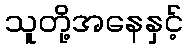
သူတို့အနေနှင့်